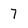
Character: 7